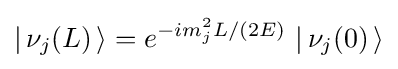
\left|\,\nu _{j}(L)\,\right\rangle =e^{-im_{j}^{2}L/{(2E)}}\,\left|\,\nu _{j}(0)\,\right\rangle